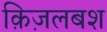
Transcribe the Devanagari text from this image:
क़िज़लबश